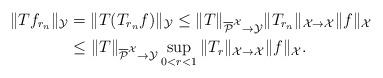
LaTeX: \begin{align*}\|Tf_{r_n}\|_{\mathcal{Y}} &=\|T(T_{r_n}f)\|_{\mathcal{Y}} \leq \|T\|_{\overline{\mathcal{P}}^{\mathcal{X}} \to \mathcal{Y}} \|T_{r_n}\|_{\mathcal{X} \to \mathcal{X}}\|f\|_{\mathcal{X}}\\&\leq \|T\|_{\overline{\mathcal{P}}^{\mathcal{X}} \to \mathcal{Y}} \sup_{0<r<1}\|T_r\|_{\mathcal{X} \to \mathcal{X}}\|f\|_{\mathcal{X}}.\end{align*}